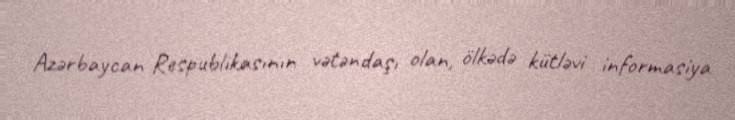
Azərbaycan Respublikasının vətəndaşı olan, ölkədə kütləvi informasiya